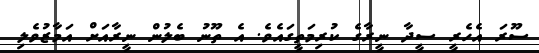
ސޫރަ އެހެރީ ސީދާ ނީރާގެ ކުރިމަތީގައެވެ. އެ ތޫނު ބެލުން ނީރާއަށް އަމާޒުވެލި